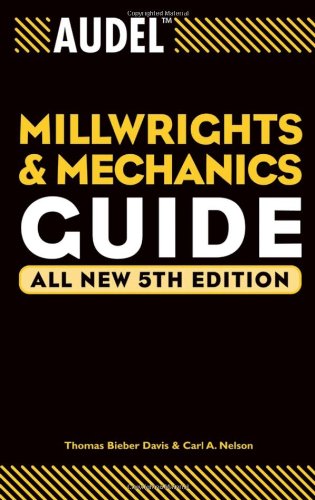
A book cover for Audel Millwrights and Mechanics Guide; Thomas B. Davis; Engineering & Transportation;